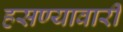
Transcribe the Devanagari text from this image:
हसण्यावारी